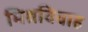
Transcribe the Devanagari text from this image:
मिश्रविवाह